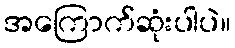
အကြောက်ဆုံးပါပဲ။